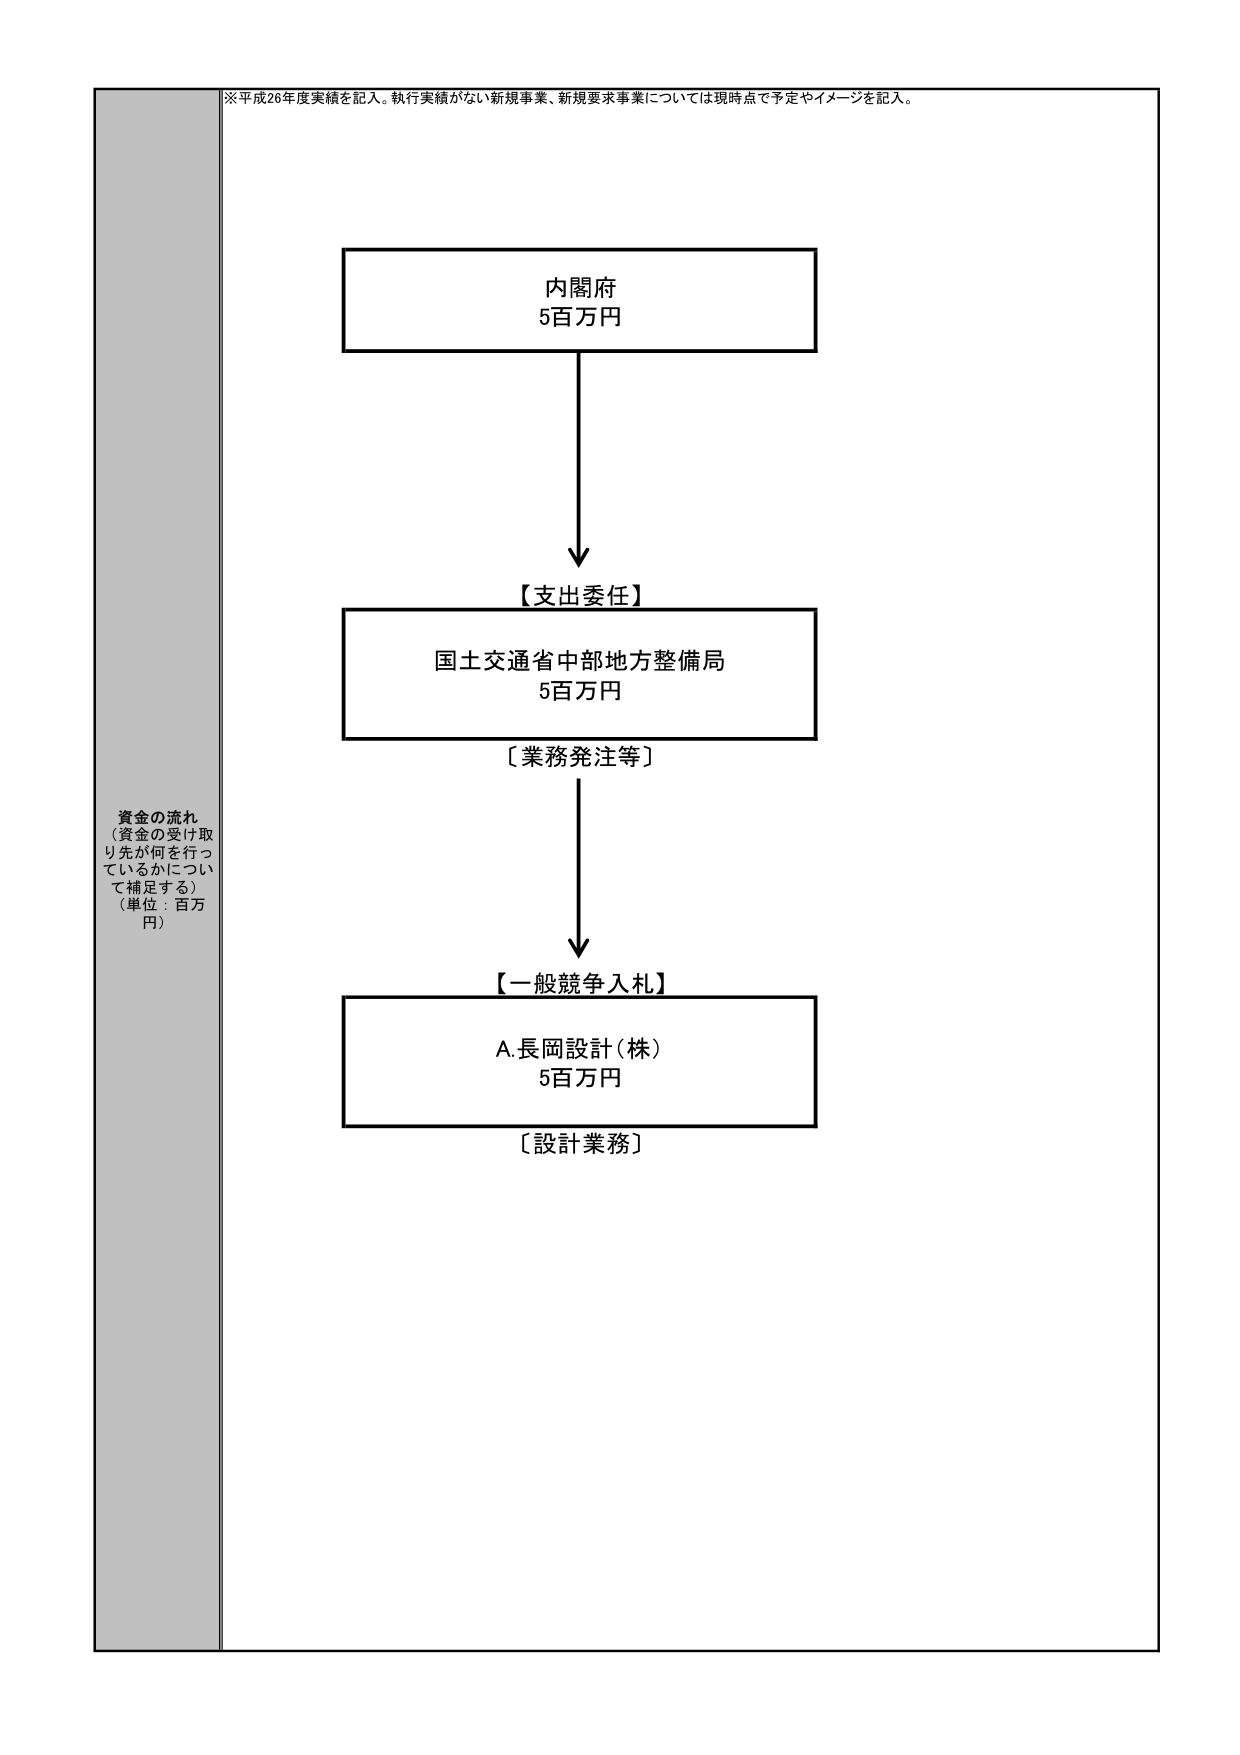
※平成26年度実績を記入。執行実績がない新規事業、新規要求事業については現時点で予定やイメージを記入。

資金の流れ
（資金の受け取り先が何を行っているかについて補足する）
（単位：百万円）

内閣府
5百万円

【支出委任】

国土交通省中部地方整備局
5百万円

〔業務発注等〕

【一般競争入札】

A.長岡設計（株）
5百万円

〔設計業務〕